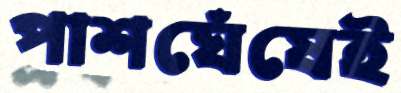
পাশঘেঁষেই